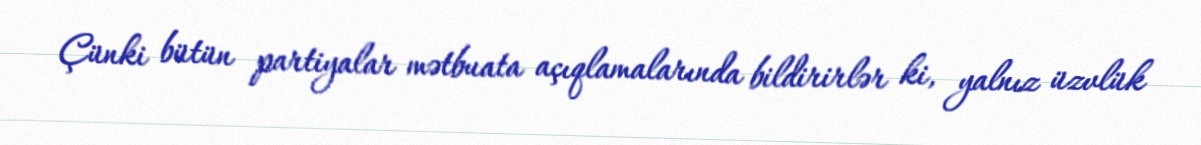
Çünki bütün partiyalar mətbuata açıqlamalarında bildirirlər ki, yalnız üzvlük